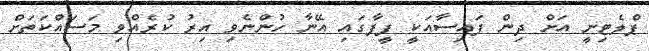
ޕްލެޓިނީ އަށް ދިން ފައިސާއަކީ ފީފާގައި އޭނާ ހުންނެވި އިރު ކުރެއްވި މަސައްކަތަށް